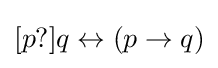
[p?]q\leftrightarrow (p\to q)\,\!